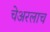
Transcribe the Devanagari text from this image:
चेअरलाच